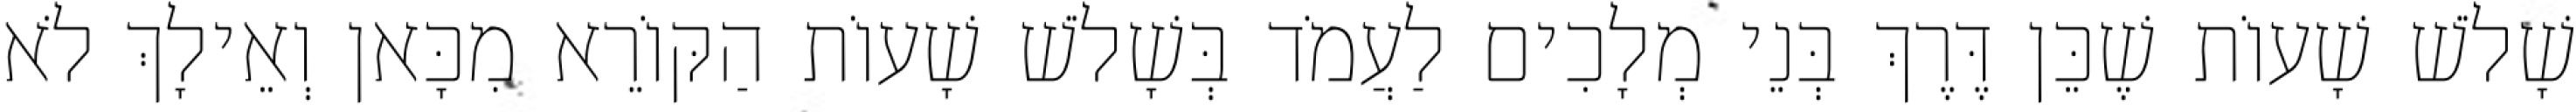
שָׁלֹשׁ שָׁעוֹת שֶׁכֵּן דֶּרֶךְ בְּנֵי מְלָכִים לַעֲמֹד בְּשָׁלֹשׁ שָׁעוֹת הַקּוֹרֵא מִכָּאן וְאֵילָךְ לֹא